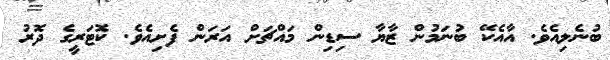
ބުނެލިއެވެ. އާއެކޭ ބުނަމުން ޒާޔާ ސިޑިން މައްޗަށް އަރަން ފެށިއެވެ. ކޮޓަރީގެ ދޮރު